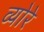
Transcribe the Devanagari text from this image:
व्योरे